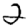
Digit: 2